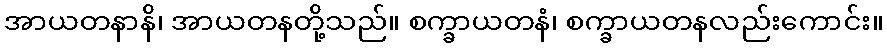
အာယတနာနိ၊ အာယတနတို့သည်။ စက္ခာယတနံ၊ စက္ခာယတနလည်းကောင်း။